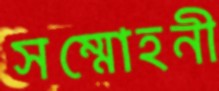
সম্মোহনী